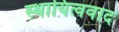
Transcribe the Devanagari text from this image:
स्थायित्ववाद